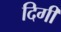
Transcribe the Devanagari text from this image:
दिगी